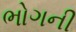
ભોગની